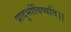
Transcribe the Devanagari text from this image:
प्रादुर्भाविष्यति।।